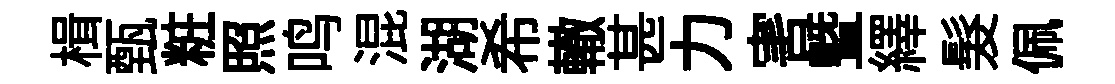
楫甄粧照鸣混湖希轍甚力害暨繹髮佩